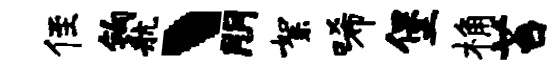
侄钩航丶朋絮唏堡桷苔